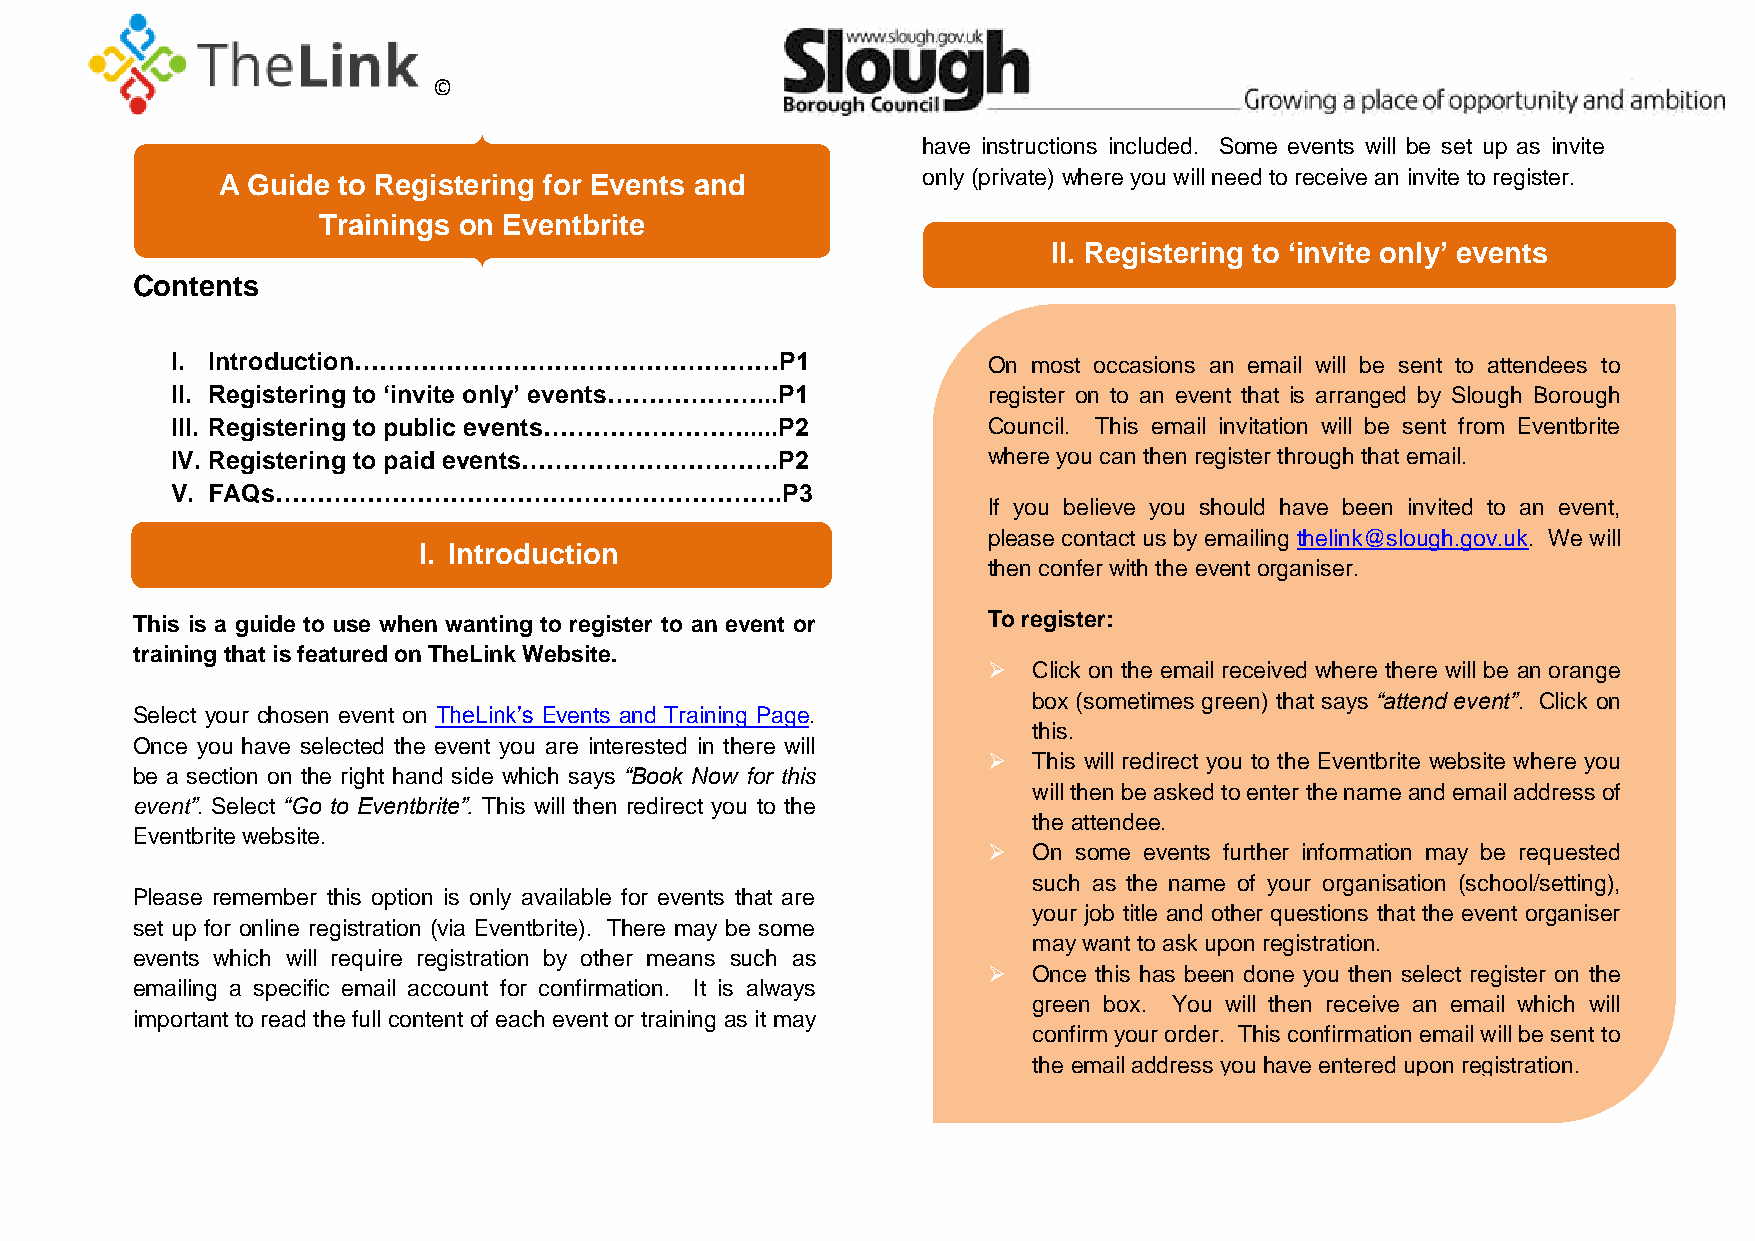
©
 have instructions included. Some events will be set up as invite
 A Guide to Registering for Events and          only (private) where you will need to receive an invite to register.
 Trainings on Eventbrite
 II. Registering to ‘invite only’ events
 Contents
 I. Introduction……………………………………………P1                    On most occasions an email will be sent to attendees to
 II. Registering to ‘invite only’ events………………...P1    register on to an event that is arranged by Slough Borough
 III. Registering to public events…………………….....P2      Council. This email invitation will be sent from Eventbrite
 IV. Registering to paid events………………………….P2           where you can then register through that email.
 V. FAQs…………………………………………………….P3
 If you believe you should have been invited to an event,
 please contact us by emailing thelink@slough.gov.uk. We will
 I. Introduction
 then confer with the event organiser.
 This is a guide to use when wanting to register to an event or To register:
 training that is featured on TheLink Website.
   Click on the email received where there will be an orange
 box (sometimes gr een) that says “attend event”. Click on
 Select your chosen event on TheLink’s Events and Training Page.
 this.
 Once you have selected the event you are interested in there will
   This will redirect you to the Eventbrite website where you
 be a section on the right hand side which says “Book Now for this
 will then be asked to enter the name and email address of
 event”. Select “Go to Eventbrite”. This will then redirect you to the
 the attendee.
 Eventbrite website.
   On some events further information may be requested
 such as the name of your organisation (school/setting),
 Please remember this option is only available for events that are
 your job title and other questions that the event organiser
 set up for online registration (via Eventbrite). There may be some
 may want to ask upon registration.
 events which will require registration by other means such as
   Once this has been done you then select register on the
 emailing a specific email account for confirmation. It is always
 green box. You will then receive an email which will
 important to read the full content of each event or training as it may
 confirm your order. This confirmation email will be sent to
 the email address you have entered upon registration.